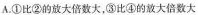
A. ①比②的放大倍数大，③比④的放大倍数大